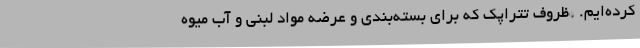
کرده‌ایم. *ظروف تتراپک که برای بسته‌بندی و عرضه مواد لبنی و آب میوه